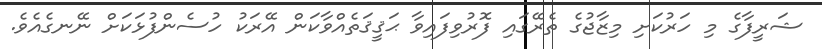
ޝަރީފާގެ މި ހަރުކަށި މިޒާޖުގެ ތެރޭގައި ފޮރުވިފައިވާ ޙަޤީޤަތެއްވާކަން އޭރަކު ހުސެންފުޅަކަށް ނޭނގެއެވެ.